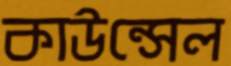
কাউন্সেল